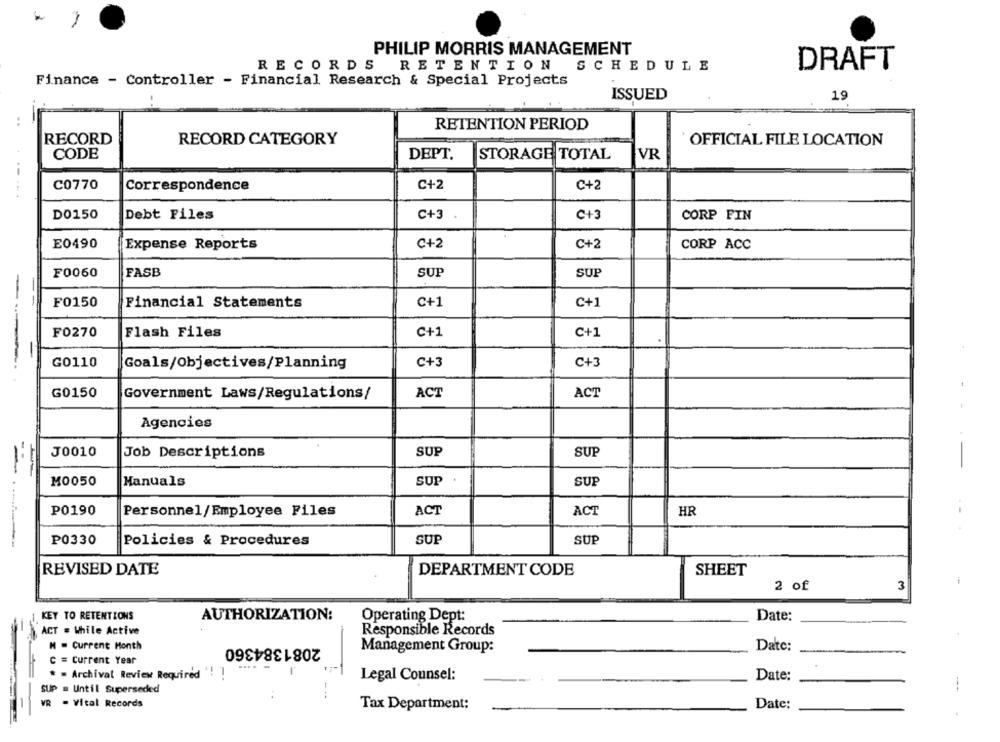
3
PHILIP MORRIS MANAGEMENT
RECORDS
RETENTION SCHEDULE
DRAFT
Finance - Controller - Financial Research & Special Projects
ISSUED
19
..
RETENTION PERIOD
RECORD
RECORD CATEGORY
OFFICIAL FILE LOCATION
CODE
STORAGE TOTAL
VR
DEPT.
C0770
C+2
C+2
Correspondence
D0150
Debt Files
C+3
C+3
CORP FIN
E0490
C+2
C+2
Expense Reports
CORP ACC
F0060
FASB
SUP
SUP
-
F0150
Financial Statements
C+1
C+1
F0270
Flash Files
C+1
C+1
G0110
C+3
C+3
Goals/Objectives/Planning
G0150
ACT
ACT
Government Laws/Regulations/
Agencies
J0010
SUP
SUP
Job Descriptions
M0050
Manuals
SUP
SUP
P0190
Personnel/Employee Files
ACT
ACT
HR
P0330
SUP
SUP
--
Policies & Procedures
REVISED DATE
DEPARTMENT CODE
SHEET
2 of
3
KEY TO RETENTIONS
AUTHORIZATION:
Operating Dept:
Date:
ACT = While Active
Responsible Records
N = Current Month
2081384360
Management Group:
Date:
C = Current Year
.... -
* = Archival Review Required "! !
Legal Counsel:
Date:
SUP = Until Superseded
---
VR - Vital Records
Date:
Tax Department: